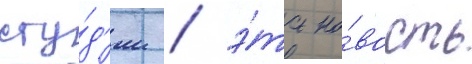
сту́д'ии / э́та но́вость